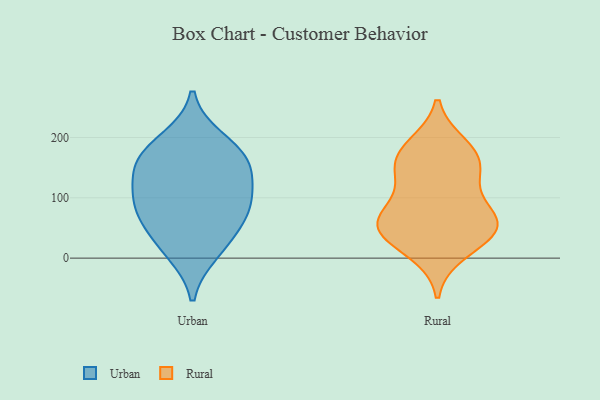
{"axis": {"x": "Gross Profit (USD K)", "y": "Value"}, "legend": ["Rural", "Urban"], "data": [{"x": "", "y": 94, "type": "Urban"}, {"x": "", "y": 32, "type": "Urban"}, {"x": "", "y": 160, "type": "Urban"}, {"x": "", "y": 115, "type": "Urban"}, {"x": "", "y": 74, "type": "Urban"}, {"x": "", "y": 195, "type": "Urban"}, {"x": "", "y": 166, "type": "Urban"}, {"x": "", "y": 80, "type": "Urban"}, {"x": "", "y": 154, "type": "Urban"}, {"x": "", "y": 11, "type": "Urban"}, {"x": "", "y": 46, "type": "Rural"}, {"x": "", "y": 185, "type": "Rural"}, {"x": "", "y": 166, "type": "Rural"}, {"x": "", "y": 41, "type": "Rural"}, {"x": "", "y": 142, "type": "Rural"}, {"x": "", "y": 59, "type": "Rural"}, {"x": "", "y": 64, "type": "Rural"}, {"x": "", "y": 171, "type": "Rural"}, {"x": "", "y": 54, "type": "Rural"}, {"x": "", "y": 75, "type": "Rural"}, {"x": "", "y": 11, "type": "Rural"}, {"x": "", "y": 129, "type": "Rural"}]}